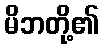
မိဘတို့၏